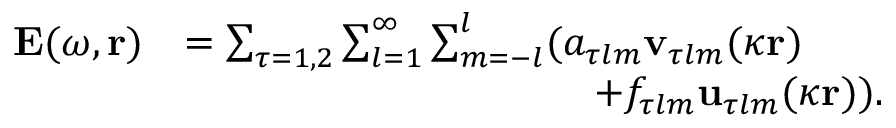
\begin{array} { r l } { \mathbf { E } ( \omega , \mathbf { r } ) } & { = \sum _ { \tau = 1 , 2 } \sum _ { l = 1 } ^ { \infty } \sum _ { m = - l } ^ { l } ( a _ { \tau l m } \mathbf { v } _ { \tau l m } ( \kappa \mathbf { r } ) } \\ & { \qquad \qquad \qquad \qquad \qquad + f _ { \tau l m } \mathbf { u } _ { \tau l m } ( \kappa \mathbf { r } ) ) . } \end{array}